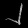
Digit: ၂